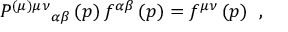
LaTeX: P ^ { ( \mu ) \mu \nu } { } _ { \alpha \beta } \left( p \right) f ^ { \alpha \beta } \left( p \right) = f ^ { \mu \nu } \left( p \right) \; \, ,